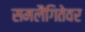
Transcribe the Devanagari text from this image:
समलैंगितेवर